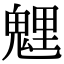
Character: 𩳓